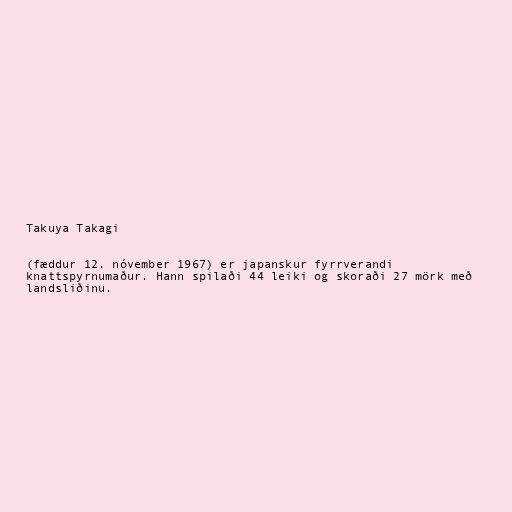
Takuya Takagi

(fæddur 12. nóvember 1967) er japanskur fyrrverandi
knattspyrnumaður. Hann spilaði 44 leiki og skoraði 27 mörk með
landsliðinu.